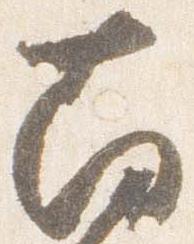
南